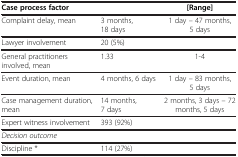
<table><thead><tr><td><b>Case process factor</b></td><td>[EMPTY_CELL]</td><td><b>[Range]</b></td></tr></thead><tbody><tr><td>Complaint delay, mean</td><td>3 months, 18 days</td><td>1 day – 47 months, 5 days</td></tr><tr><td>Lawyer involvement</td><td>20 (5%)</td><td>[EMPTY_CELL]</td></tr><tr><td>General practitioners involved, mean</td><td>1.33</td><td>1-4</td></tr><tr><td>Event duration, mean</td><td>4 months, 6 days</td><td>1 day – 83 months, 5 days</td></tr><tr><td>Case management duration, mean</td><td>14 months, 7 days</td><td>2 months, 3 days – 72 months, 5 days</td></tr><tr><td>Expert witness involvement</td><td>393 (92%)</td><td>[EMPTY_CELL]</td></tr><tr><td><i>Decision outcome</i></td><td>[EMPTY_CELL]</td><td>[EMPTY_CELL]</td></tr><tr><td>Discipline *</td><td>114 (27%)</td><td>[EMPTY_CELL]</td></tr></tbody></table>